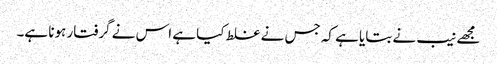
مجھے نیب نے بتایا ہے کہ جس نے غلط کیا ہے اس نے گرفتار ہونا ہے۔